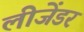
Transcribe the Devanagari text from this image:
लीजेंडर